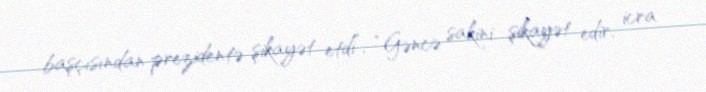
başçısından prezidentə şikayət etdi”, “Gəncə sakini şikayət edir, icra